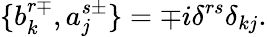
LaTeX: \{ b_{k}^{r\mp},a_{j}^{s\pm}\} =\mp i\delta^{rs}\delta_{kj}.